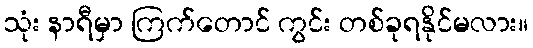
သုံး နာရီမှာ ကြက်တောင် ကွင်း တစ်ခုရနိုင်မလား။